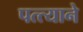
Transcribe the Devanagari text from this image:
पत्त्याने